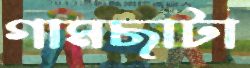
গামছাটা